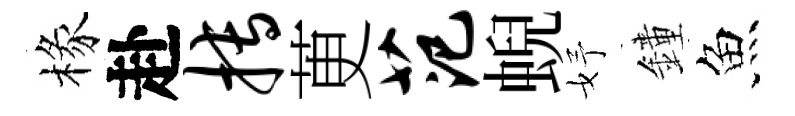
椽赴搏茰范蜺妤鐘魚